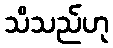
သိသည်ဟု